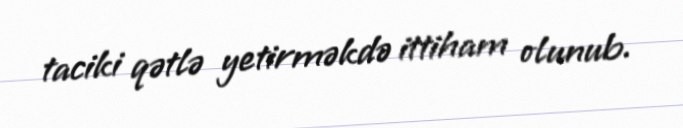
taciki qətlə yetirməkdə ittiham olunub.